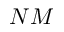
N M